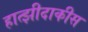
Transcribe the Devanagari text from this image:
हात्झीदाकीस